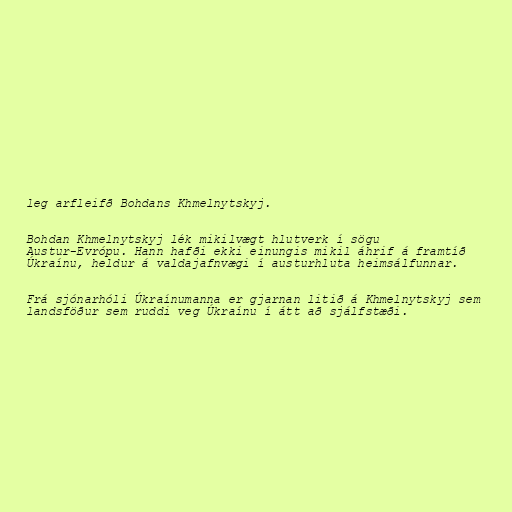
leg arfleifð Bohdans Khmelnytskyj.

Bohdan Khmelnytskyj lék mikilvægt hlutverk í sögu
Austur-Evrópu. Hann hafði ekki einungis mikil áhrif á framtíð
Úkraínu, heldur á valdajafnvægi í austurhluta heimsálfunnar.

Frá sjónarhóli Úkraínumanna er gjarnan litið á Khmelnytskyj sem
landsföður sem ruddi veg Úkraínu í átt að sjálfstæði.